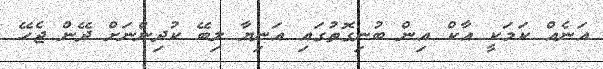
އަނެއް ކަމަކީ އާކް އިން ބުނިގޮތުގައި އަނިޔާ ލިބޭ ކުދިންނަށް ދޭން ޖެހޭ